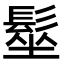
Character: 髽